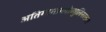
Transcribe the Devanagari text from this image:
अतिगामाग्लोब्युलिनरक्तता